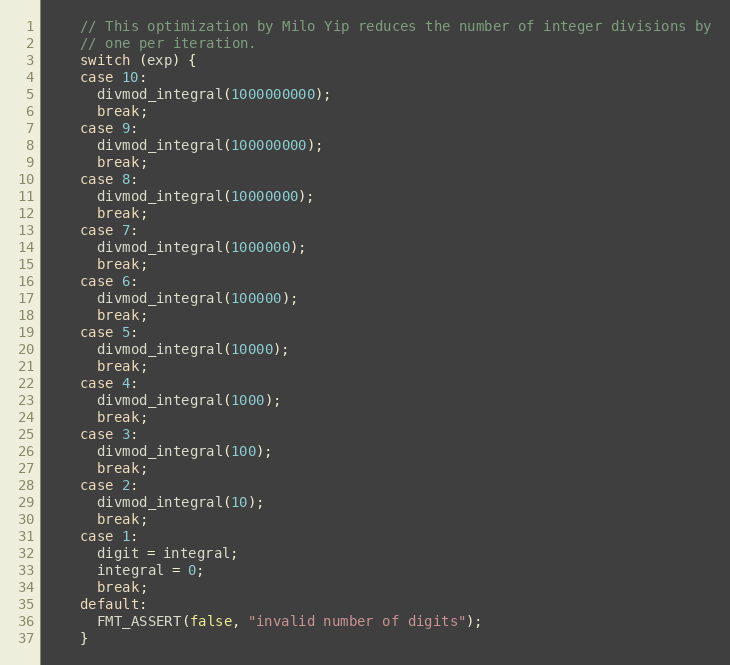
Language: C
    // This optimization by Milo Yip reduces the number of integer divisions by
    // one per iteration.
    switch (exp) {
    case 10:
      divmod_integral(1000000000);
      break;
    case 9:
      divmod_integral(100000000);
      break;
    case 8:
      divmod_integral(10000000);
      break;
    case 7:
      divmod_integral(1000000);
      break;
    case 6:
      divmod_integral(100000);
      break;
    case 5:
      divmod_integral(10000);
      break;
    case 4:
      divmod_integral(1000);
      break;
    case 3:
      divmod_integral(100);
      break;
    case 2:
      divmod_integral(10);
      break;
    case 1:
      digit = integral;
      integral = 0;
      break;
    default:
      FMT_ASSERT(false, "invalid number of digits");
    }